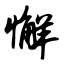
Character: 懈